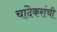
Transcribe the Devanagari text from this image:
चांदेकरांची